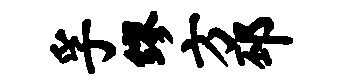
孚缪方邳